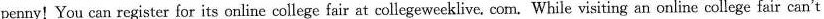
penny!You can register for its online college fair at collegewceklive. Com. While visiting an online college fair can't